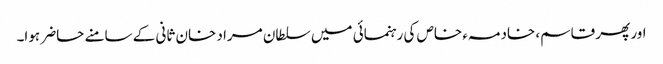
اور پھر قاسم، خادمہء خاص کی رہنمائی میں سلطان مراد خان ثانی کے سامنے حاضر ہوا۔